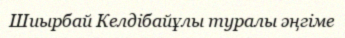
Шиырбай Келдібайұлы туралы әңгіме